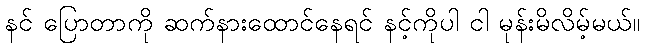
နင် ပြောတာကို ဆက်နားထောင်နေရင် နင့်ကိုပါ ငါ မုန်းမိလိမ့်မယ်။